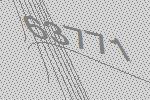
63771